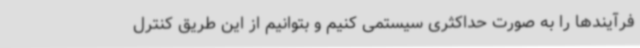
فرآیندها را به صورت حداکثری سیستمی کنیم و بتوانیم از این طریق کنترل